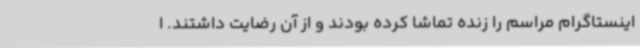
اینستاگرام مراسم را زنده تماشا کرده بودند و از آن رضایت داشتند. ا